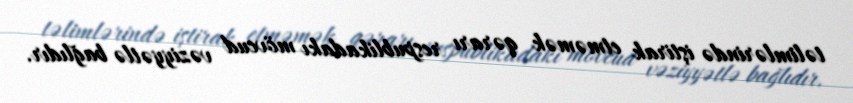
təlimlərində iştirak etməmək qərarı respublikadakı mövcud vəziyyətlə bağlıdır.